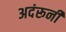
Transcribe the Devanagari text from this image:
अदंरूनी